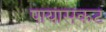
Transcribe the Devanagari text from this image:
पायासकट